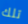
تلك